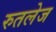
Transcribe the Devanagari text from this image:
रुतलेज